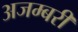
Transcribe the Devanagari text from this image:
अजम्बरी